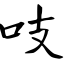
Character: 吱